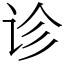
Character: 诊